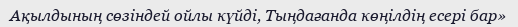
Ақылдының сөзіндей ойлы күйді, Тыңдағанда көңілдің есері бар»